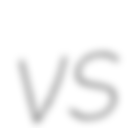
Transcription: vs